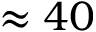
\approx 4 0